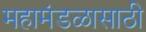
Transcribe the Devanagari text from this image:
महामंडळासाठी